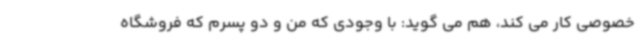
خصوصی کار می کند، هم می گوید: با وجودی که من و دو پسرم که فروشگاه